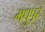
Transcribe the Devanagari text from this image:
मधुपूर